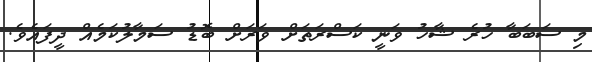
މި ސަބަބާ ހުރެ ޝާހު ވަނީ ކަސްރަތަށް ވަރަށް ބޮޑު ސަމާލުކަމެއް ދީފައެވެ.